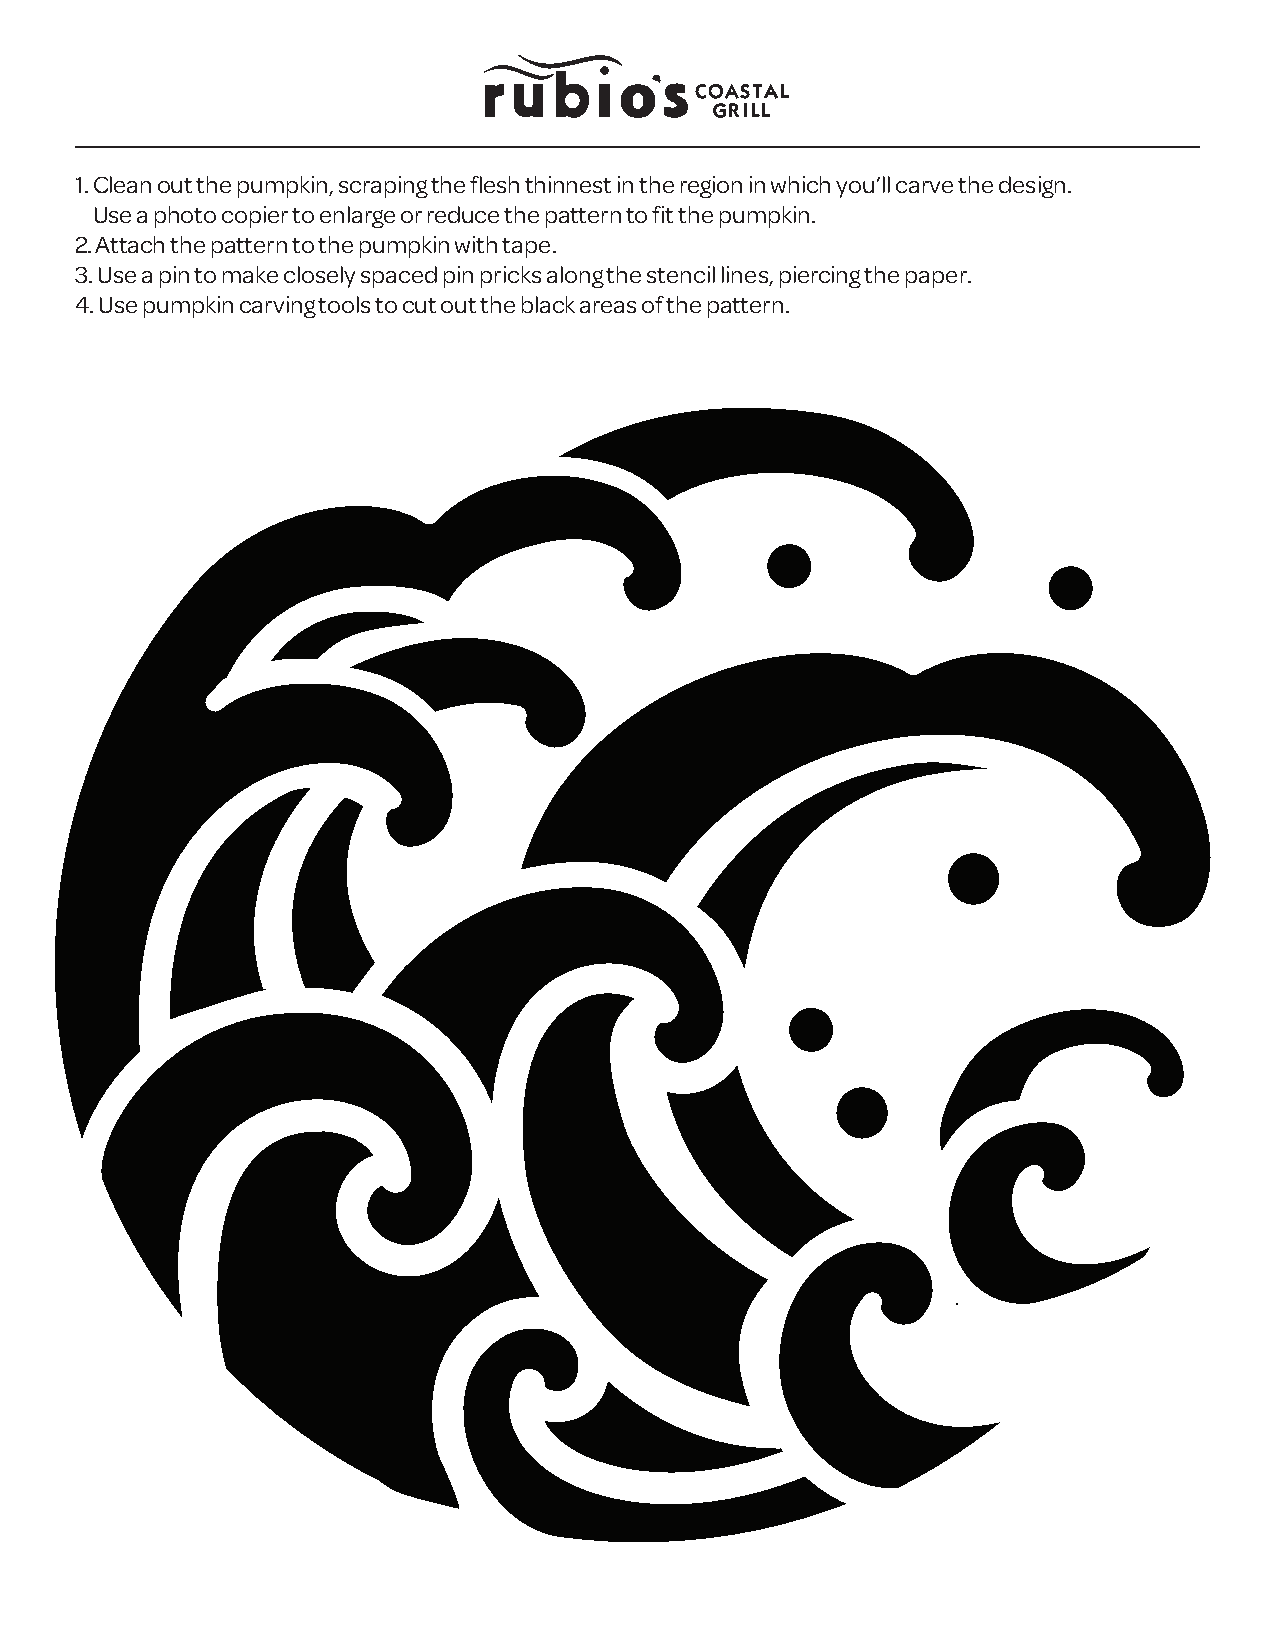
1. Clean out the pumpkin, scraping the flesh thinnest in the region in which you’ll carve the design.
 Use a photo copier to enlarge or reduce the pattern to fit the pumpkin.
 2. Attach the pattern to the pumpkin with tape.
 3. Use a pin to make closely spaced pin pricks along the stencil lines, piercing the paper.
 4. Use pumpkin carving tools to cut out the black areas of the pattern.